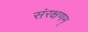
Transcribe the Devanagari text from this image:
संरक्षणम्‌